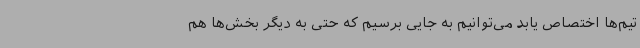
تیم‌ها اختصاص یابد می‌توانیم به جایی برسیم که حتی به دیگر بخش‌ها هم